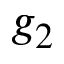
g _ { 2 }